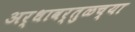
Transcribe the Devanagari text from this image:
अर्धावर्तुळच्या